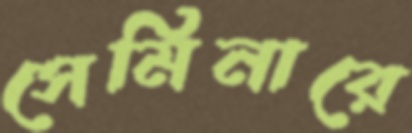
সেমিনারে